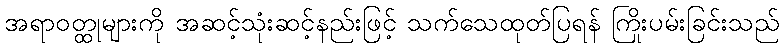
အရာဝတ္ထုများကို အဆင့်သုံးဆင့်နည်းဖြင့် သက်သေထုတ်ပြရန် ကြိုးပမ်းခြင်းသည်